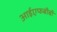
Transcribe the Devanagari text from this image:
आईएफबीबी